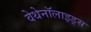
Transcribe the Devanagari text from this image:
वेथेनॉलाइड्स